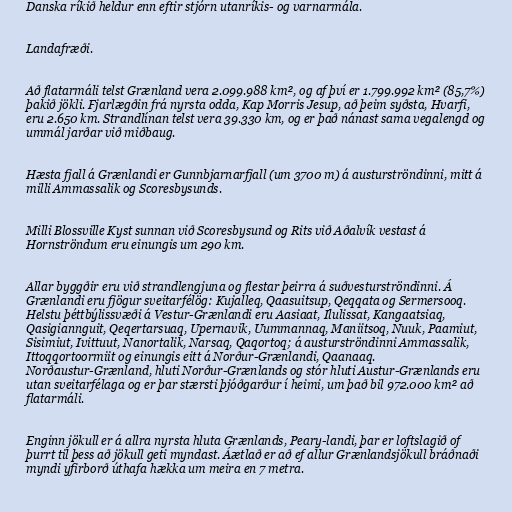
Danska ríkið heldur enn eftir stjórn utanríkis- og varnarmála.

Landafræði.

Að flatarmáli telst Grænland vera 2.099.988 km², og af því er 1.799.992 km² (85,7%)
þakið jökli. Fjarlægðin frá nyrsta odda, Kap Morris Jesup, að þeim syðsta, Hvarfi,
eru 2.650 km. Strandlínan telst vera 39.330 km, og er það nánast sama vegalengd og
ummál jarðar við miðbaug.

Hæsta fjall á Grænlandi er Gunnbjarnarfjall (um 3700 m) á austurströndinni, mitt á
milli Ammassalik og Scoresbysunds.

Milli Blossville Kyst sunnan við Scoresbysund og Rits við Aðalvík vestast á
Hornströndum eru einungis um 290 km.

Allar byggðir eru við strandlengjuna og flestar þeirra á suðvesturströndinni. Á
Grænlandi eru fjögur sveitarfélög: Kujalleq, Qaasuitsup, Qeqqata og Sermersooq.
Helstu þéttbýlissvæði á Vestur-Grænlandi eru Aasiaat, Ilulissat, Kangaatsiaq,
Qasigiannguit, Qeqertarsuaq, Upernavik, Uummannaq, Maniitsoq, Nuuk, Paamiut,
Sisimiut, Ivittuut, Nanortalik, Narsaq, Qaqortoq; á austurströndinni Ammassalik,
Ittoqqortoormiit og einungis eitt á Norður-Grænlandi, Qaanaaq.
Norðaustur-Grænland, hluti Norður-Grænlands og stór hluti Austur-Grænlands eru
utan sveitarfélaga og er þar stærsti þjóðgarður í heimi, um það bil 972.000 km² að
flatarmáli.

Enginn jökull er á allra nyrsta hluta Grænlands, Peary-landi, þar er loftslagið of
þurrt til þess að jökull geti myndast. Áætlað er að ef allur Grænlandsjökull bráðnaði
myndi yfirborð úthafa hækka um meira en 7 metra.